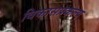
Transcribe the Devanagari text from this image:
विकासप्रकल्प